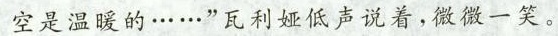
空是温暖的……”瓦利娅低声说着，微微一笑。